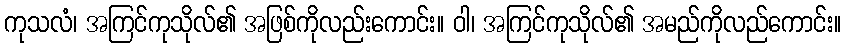
ကုသလံ၊ အကြင်ကုသိုလ်၏ အဖြစ်ကိုလည်းကောင်း။ ဝါ၊ အကြင်ကုသိုလ်၏ အမည်ကိုလည်ကောင်း။